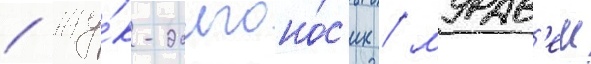
/ жу́к-долгоно́с'ик / мурав'еи